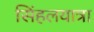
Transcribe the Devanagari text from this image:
सिंहलयात्रा